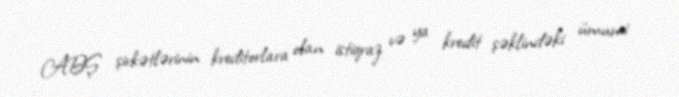
ABŞ şirkətlərinin kreditorlara olan istiqraz və ya kredit şəklindəki ümumi